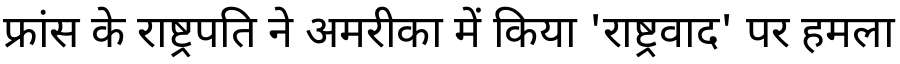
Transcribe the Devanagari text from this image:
फ्रांस के राष्ट्रपति ने अमरीका में किया 'राष्ट्रवाद' पर हमला